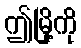
ဤမြို့ကို